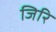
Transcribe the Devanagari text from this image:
जिरि